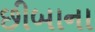
છીબાના